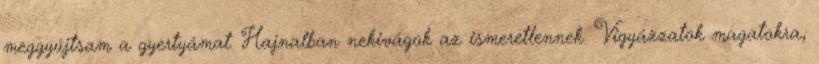
meggyújtsam a gyertyámat. Hajnalban nekivágok az ismeretlennek. Vigyázzatok magatokra,